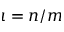
\iota = n / m